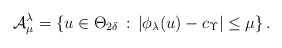
\begin{align*} {\cal A}_\mu^\lambda = \left\{ u \in \Theta_{2\delta} \,:\, | \phi_{ \lambda}(u)-c_\Upsilon | \leq \mu\right\}.\end{align*}